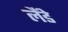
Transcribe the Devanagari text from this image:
लैंडे